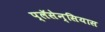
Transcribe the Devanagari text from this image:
प्लॅसेन्सियास